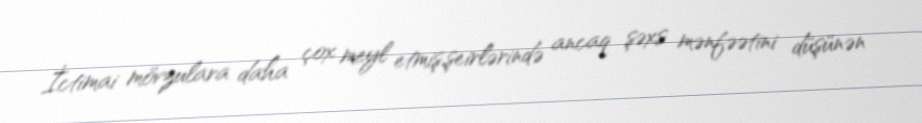
İctimai mövzulara daha çox meyl etmiş,şeirlərində ancaq şəxs mənfəətini düşünən